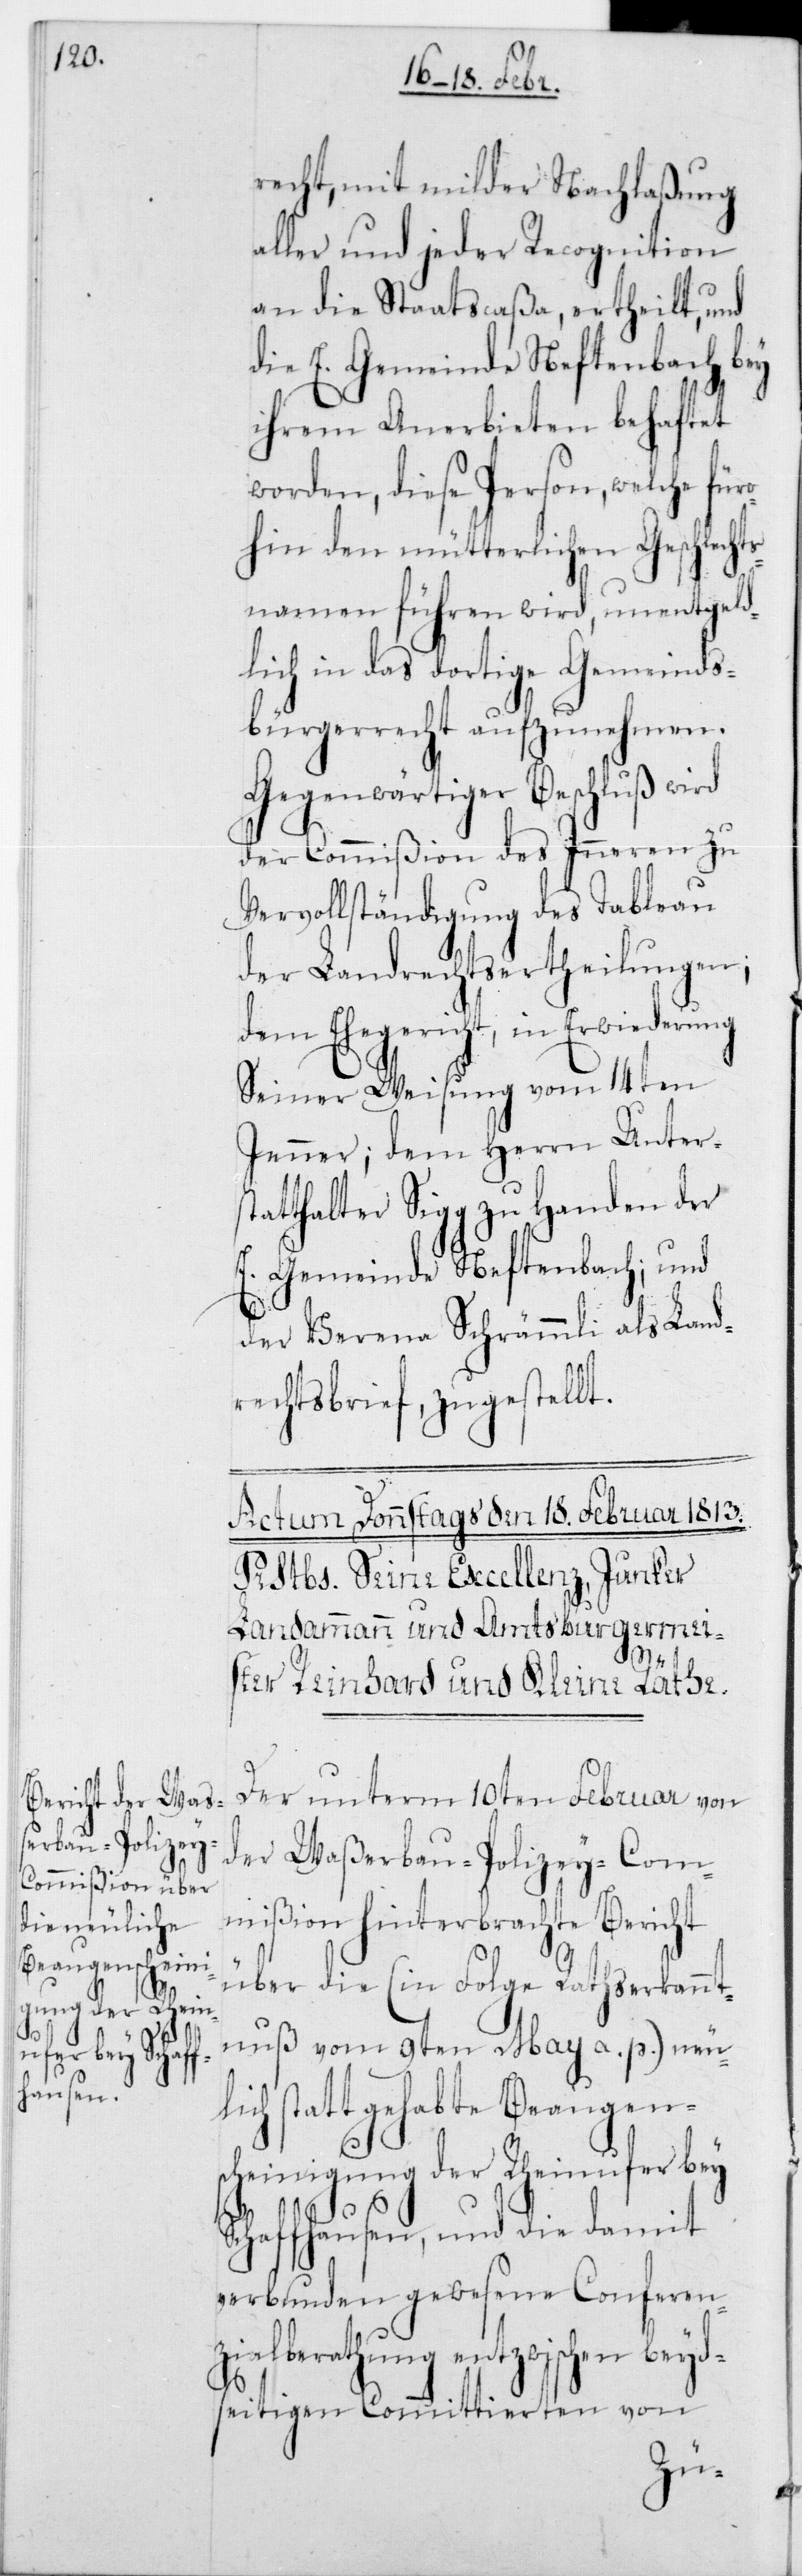
recht mit milder Nachlaßung
aller und jeder Recognition
an die Staatscaßa, ertheilt, und
die E. Gemeinde Neftenbach bey
ihrem Anerbieten behaftet
worden, diese Person, welche für¬
ohin den mütterlichen Geschlecht¬
snamen führen wird, unentgeld¬
lich in das dortige Gemeinds¬
bürgerrecht aufzunehmen.
Gegenwärtiger Beschluß wird
der Commißion des Innern zu
Vervollständigung des Tableau
der Landrechtsertheilungen;
dem Ehegericht, in Erwiderung
Seiner Weisung vom 14ten
Jenner; dem Herrn Unterst¬
atthalter Sigg zu Handen der
E. Gemeinde Neftenbach; und
der Verena Schrämmli als Land¬
rechtsbrief, zugestellt.
Der unterm 10ten Februar von
der Waßerbau-Polizey-Com¬
mißion hinterbrachte Bericht
über die (in Folge Rathserkannt¬
nuß vom 9ten May a. p.) neu¬
lich stattgehabte Beaugen¬
scheinigung der Rheinufer bey
Schaffhausen, und die damit
verbunden gewesene Conferen¬
zialberathung entzwischen beyd¬
seitigen Committierten von